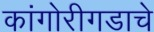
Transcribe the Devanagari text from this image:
कांगोरीगडाचे